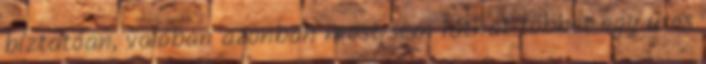
bíztatóan, valóban azonban most sem láthat többet egy üres